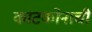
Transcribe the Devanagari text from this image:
काटकोनाची